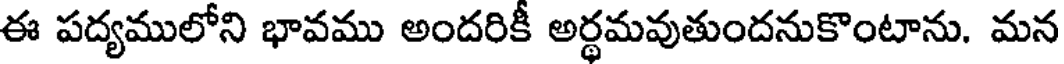
ఈ పద్యములోని భావము అందరికీ అర్థమవుతుందనుకొంటాను. మన